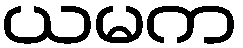
ယမက